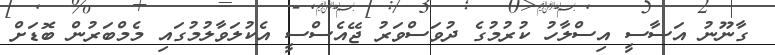
ގާނޫނު އަސާސީ އިސްލާހު ކުރުމުގެ ދުވަސްވަރު ޖޭއެސްސީ އެކުލަވާލުމުގައި މެމްބަރުން ބޮޑަށް